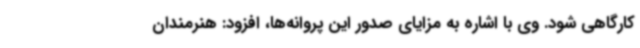
کارگاهی شود. وی با اشاره به مزایای صدور این پروانه‌ها، افزود: هنرمندان